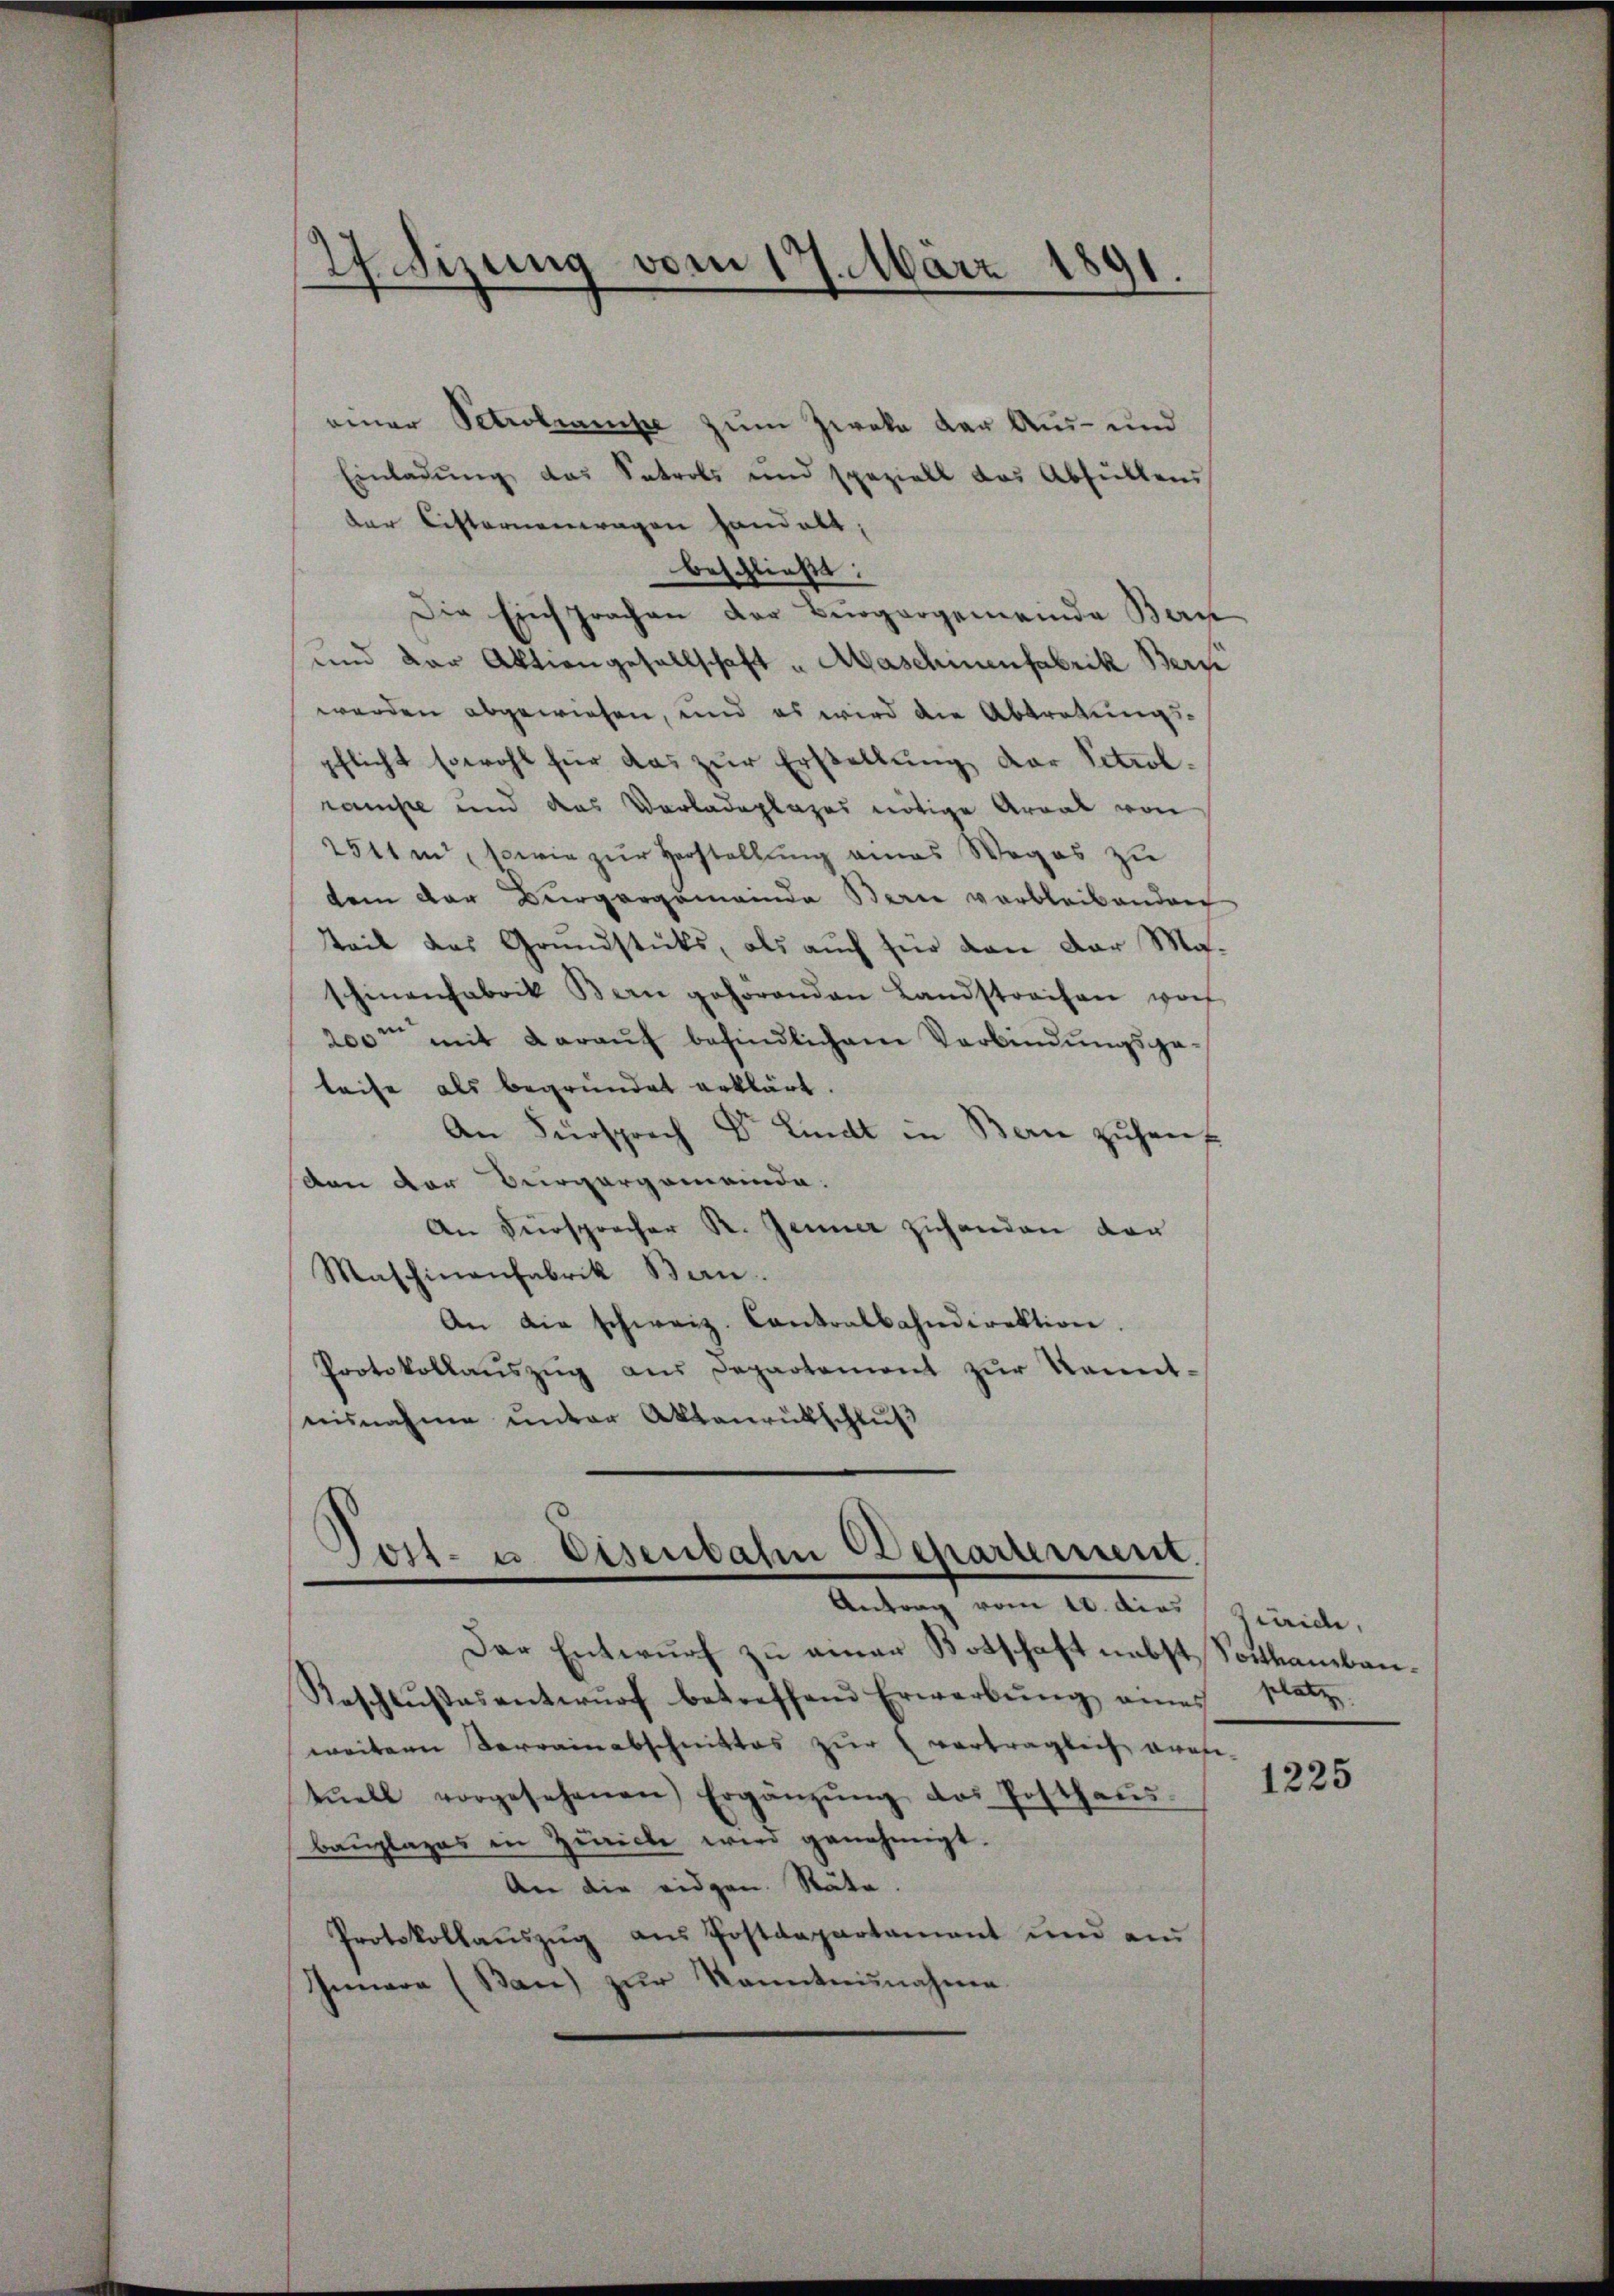
27 Sizung vom 17. März 1891.

einer Petrolampe zum Zweke der Aus- und
Einladŭng das Satrols und speziell das Abfüllen
der Cisternenwagen handelt,
beschließt:
Die Einsprachen der Burgergemeinde Ben
und der Aktion gesellschaft u Maschinenfabrik Bern
werden abgewiesen, und es wird die Abtretungs-
pflicht sowohl für das zur Erstellung der Petrolrampe und das Vorladeplages nötige Areal von
2541 m, sowie zur Herstellung eines Weges zu
dem der Bürgergemeinde Berie verbleibenden
teil des Grundstücks, als auch für den der Maschinenfabrik Bern gehörenden Landstrafen woh
200m mit daraŭf befindlichem Verbindŭngsge-
leise als begründet erklärt.
An Fürsprech Dr. Lindt in Bern zŭhauf
von der Burgergemeinde.
An Fürspracher R. Jenner Zuhanden vor
Maschinanfabrik Bern.
An die schweiz. Contralbahndirektion.
Protokollaŭszŭg aŭs Departement zŭr Kennt-
nisnahme unter Aktenrütschluß

Jost- u Eisenbahn Departement
Antrag vom 10. dies Zürich,

Der Entwurf zu einer Botschaft nebst Southambau¬
Beschlŭβesentwŭrf betreffend Erwerbŭng eines
weitern Verrainabschnittes zŭr verträglich grafi-
tuell vorgesehenen Ergänzŭng des Posthaŭs.
Baŭplages in Zürich wird genehmigt.
An die eidgen. Räte
Protokollaŭszŭg aŭs Postdepartamant und an
Innere (Ban) zŭr Kenntnisnahme

platz

1225